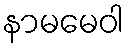
နာမမေဝါ